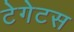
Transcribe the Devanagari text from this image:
टेगेटस